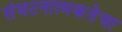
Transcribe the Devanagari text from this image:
संघटनात्मकतेचा